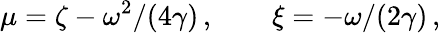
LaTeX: \mu=\zeta-\omega^{2}/(4\gamma)\, ,\qquad\xi=-\omega/(2\gamma)\, ,